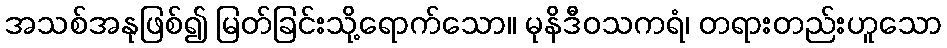
အသစ်အနုဖြစ်၍ မြတ်ခြင်းသို့ရောက်သော။ မုနိဒီဝသကရံ၊ တရားတည်းဟူသော